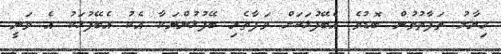
ހިޔާލު ތަފާތުވުން ބޮޑުވެ އެބޭފުޅަކަށް ވަފާތެރި ބޭފުޅުންނަކާ އެކު އެބޭފުޅަކު އެ ވަނީ